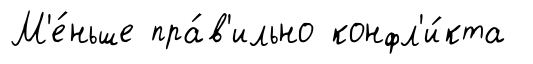
М'е́ньше пра́в'ильно конфл'и́кта